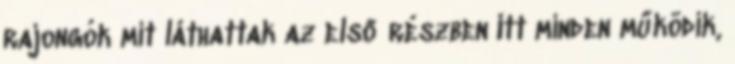
rajongók mit láthattak az első részben Itt minden működik,